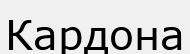
Кардона